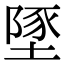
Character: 𡏇